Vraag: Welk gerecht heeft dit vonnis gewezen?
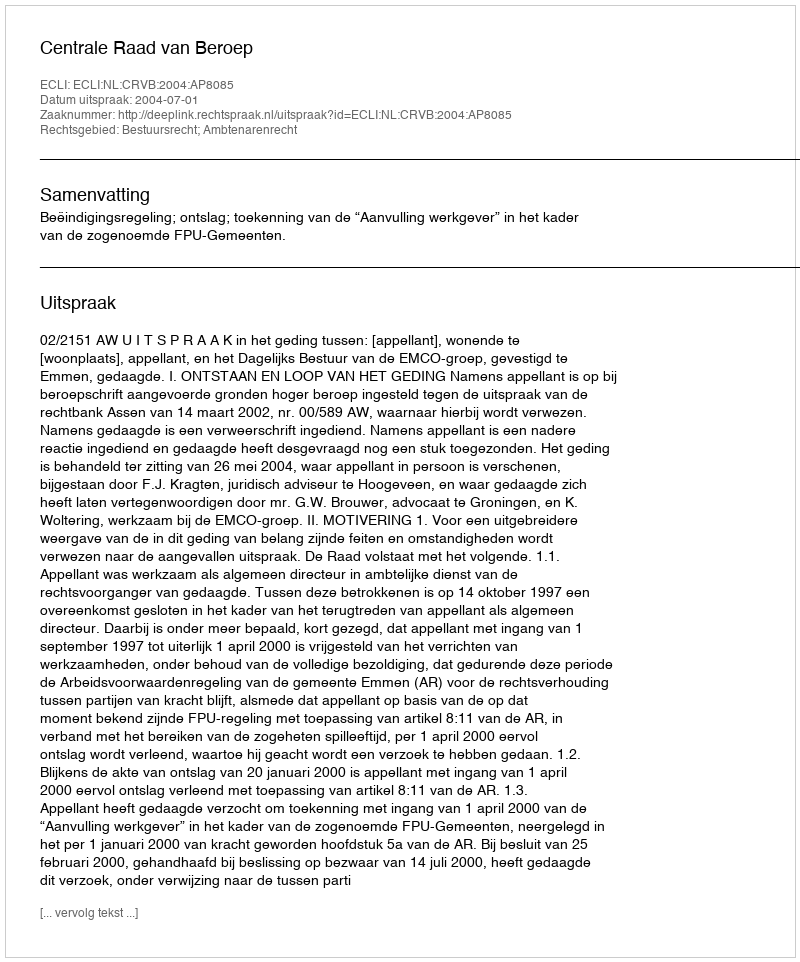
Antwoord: Centrale Raad van Beroep